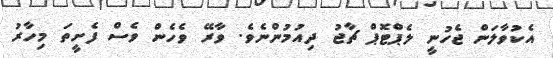
އެކުވާލަން ޖެހުނީ ލެޕްޓޮޕް ޗާޖު ދިއުމުންނެވެ. ވާރޭ ވެހެން ވެސް ފެށީތަ މިހާރު